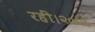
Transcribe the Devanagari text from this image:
रहीं।२००६